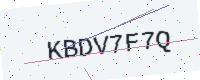
Text: KBDV7F7Q